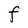
Character: F